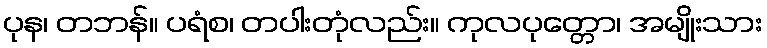
ပုန၊ တဘန်။ ပရံစ၊ တပါးတုံလည်း။ ကုလပုတ္တော၊ အမျိုးသား